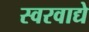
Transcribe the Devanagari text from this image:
स्वरवाद्ये